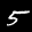
Label: 5